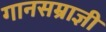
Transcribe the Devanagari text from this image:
गानसम्राज्ञी